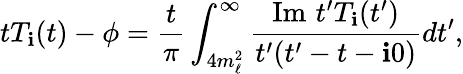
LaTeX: tT_{\mathbf{i}}(t)-\phi=\frac{{t}}{{\pi}}\int_{4m_{\ell}^{2}}^{\infty}\frac{{\mathrm{{Im}}\, \, t^{\prime}T_{\mathbf{i}}(t^{\prime})}}{{t^{\prime}(t^{\prime}-t-\mathbf{i}0)}}dt^{\prime},